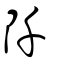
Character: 阡